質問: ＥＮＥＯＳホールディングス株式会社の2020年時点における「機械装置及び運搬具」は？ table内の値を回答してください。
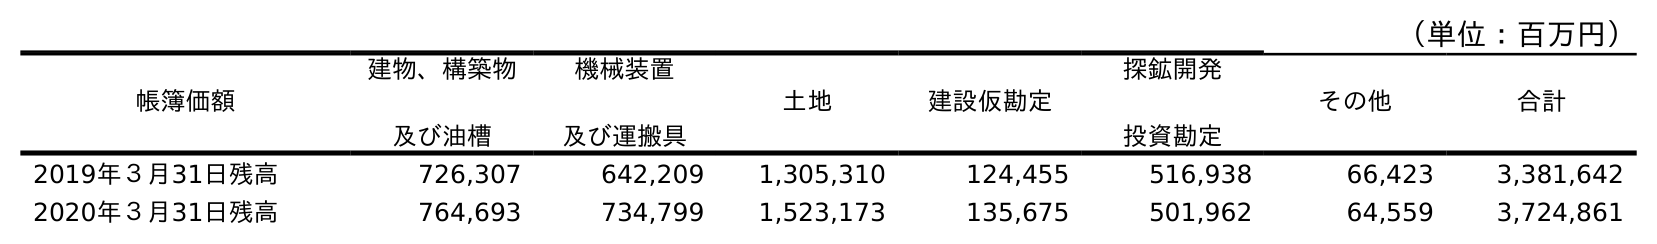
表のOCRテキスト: （単位：百万円） 帳簿価額 建物、構築物 及び油槽 機械装置 及び運搬具 土地 建設仮勘定 探鉱開発 投資勘定 その他 合計 2019年３月31日残高 726,307 642,209 1,305,310 124,455 516,938 66,423 3,381,642 2020年３月31日残高 764,693 734,799 1,523,173 135,675 501,962 64,559 3,724,861
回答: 734,799